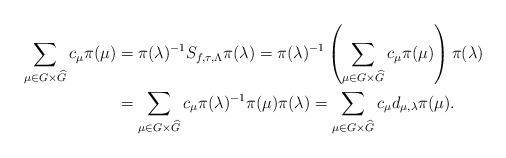
LaTeX: \begin{align*}\sum_{\mu \in G\times \widehat{G}}c_\mu\pi(\mu)&=\pi(\lambda)^{-1} S_{f, \tau, \Lambda}\pi (\lambda)=\pi(\lambda)^{-1}\left(\sum_{\mu \in G\times \widehat{G}}c_\mu\pi(\mu)\right)\pi (\lambda)\\&=\sum_{\mu \in G\times \widehat{G}}c_\mu\pi(\lambda)^{-1}\pi(\mu)\pi(\lambda)=\sum_{\mu \in G\times \widehat{G}}c_\mu d_{\mu, \lambda}\pi(\mu).\end{align*}